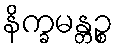
နိက္ခမန္တဉ္စ